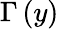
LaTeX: \Gamma\left(y\right)